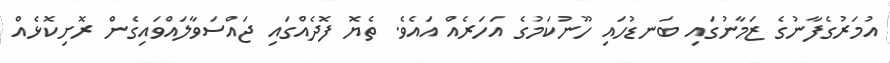
އުމަރުގެފާނުގެ ޒަމާނުގައި ބަނޑުހައި ހޫނުކަމުގެ އަހަރެއް އައެވެ. ތެޔޮ ފޮދެއްގައި ޖައްސަވާލައްވައިގެން ރޮށިކޮޅެއް